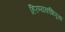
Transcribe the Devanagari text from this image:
हिरण्यकशिपूचा